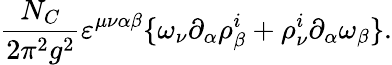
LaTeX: \frac{N_{C}}{2\pi^{2}g^{2}}\varepsilon^{\mu\nu\alpha\beta}\{ \omega_{\nu}\partial_{\alpha}\rho_{\beta}^{i}+\rho_{\nu}^{i}\partial_{\alpha}\omega_{\beta}\} .